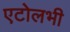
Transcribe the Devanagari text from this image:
एटोलभी